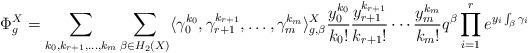
LaTeX: \begin{align*}\Phi_g^X = \sum_{k_0, k_{r+1}, \ldots, k_m} \sum_{\beta \in H_2(X)} \langle\gamma_0^{k_0}, \gamma_{r+1}^{k_{r+1}}, \ldots, \gamma_m^{k_m}\rangle_{g,\beta}^X \frac{y_0^{k_0}}{k_0!} \frac{y_{r+1}^{k_{r+1}}}{k_{r+1}!} \cdots \frac{y_m^{k_m}}{k_m!} q^\beta\prod_{i=1}^r e^{y_i \int_\beta \gamma_i}\end{align*}